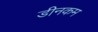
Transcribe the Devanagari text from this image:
डीनकम